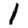
Digit: 1